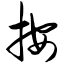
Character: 按